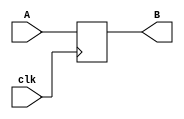
module Reg(clk,A,B);
	input clk;
	input[31:0] A;
	output [31:0] B;
	reg[31:0] data;
	initial begin
		data <= 0;
	end
	always @(posedge clk) begin
		#1
		data <= A;
	end
	assign B = data;
endmodule